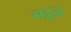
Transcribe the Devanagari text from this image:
भट्टड़